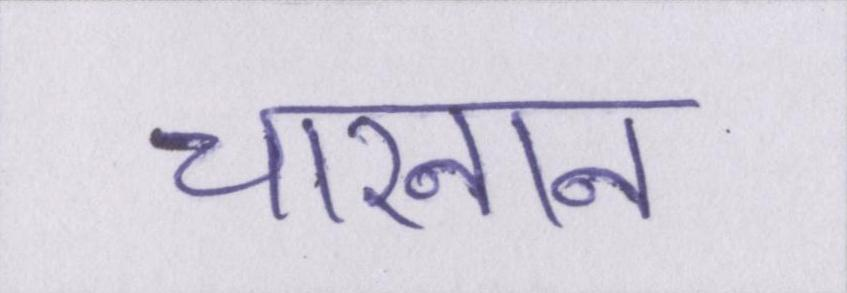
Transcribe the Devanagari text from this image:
चारनान